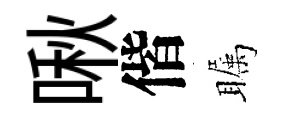
啾偕瞩